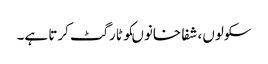
سکولوں، شفا خانوںکو ٹارگٹ کرتا ہے۔